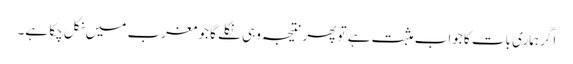
اگر ہماری بات کا جواب مثبت ہے تو پھر نتیجہ وہی نکلے گا جو مغرب میں نکل چکا ہے۔